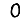
Digit: 0